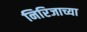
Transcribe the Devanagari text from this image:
निरिजाच्या